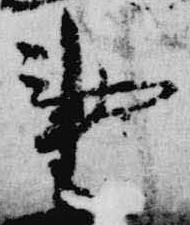
事